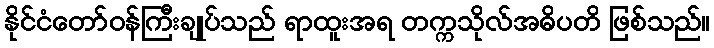
နိုင်ငံတော်ဝန်ကြီးချုပ်သည် ရာထူးအရ တက္ကသိုလ်အဓိပတိ ဖြစ်သည်။